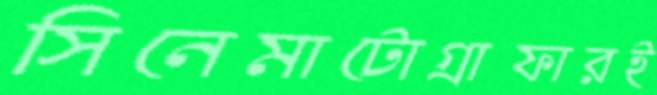
সিনেমাটোগ্রাফারই